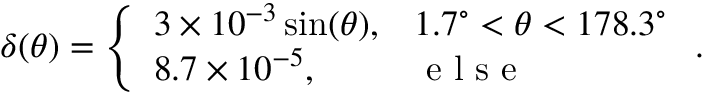
\delta ( \theta ) = \left\{ \begin{array} { l l } { 3 \times 1 0 ^ { - 3 } \sin ( \theta ) , } & { 1 . 7 ^ { \circ } < \theta < 1 7 8 . 3 ^ { \circ } } \\ { 8 . 7 \times 1 0 ^ { - 5 } , } & { \textrm { e l s e } } \end{array} \right. .